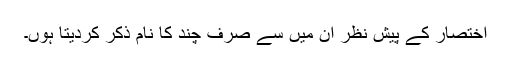
اختصار کے پیش نظر ان میں سے صرف چند کا نام ذکر کردیتا ہوں۔